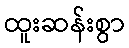
ထူးဆန်းစွာ